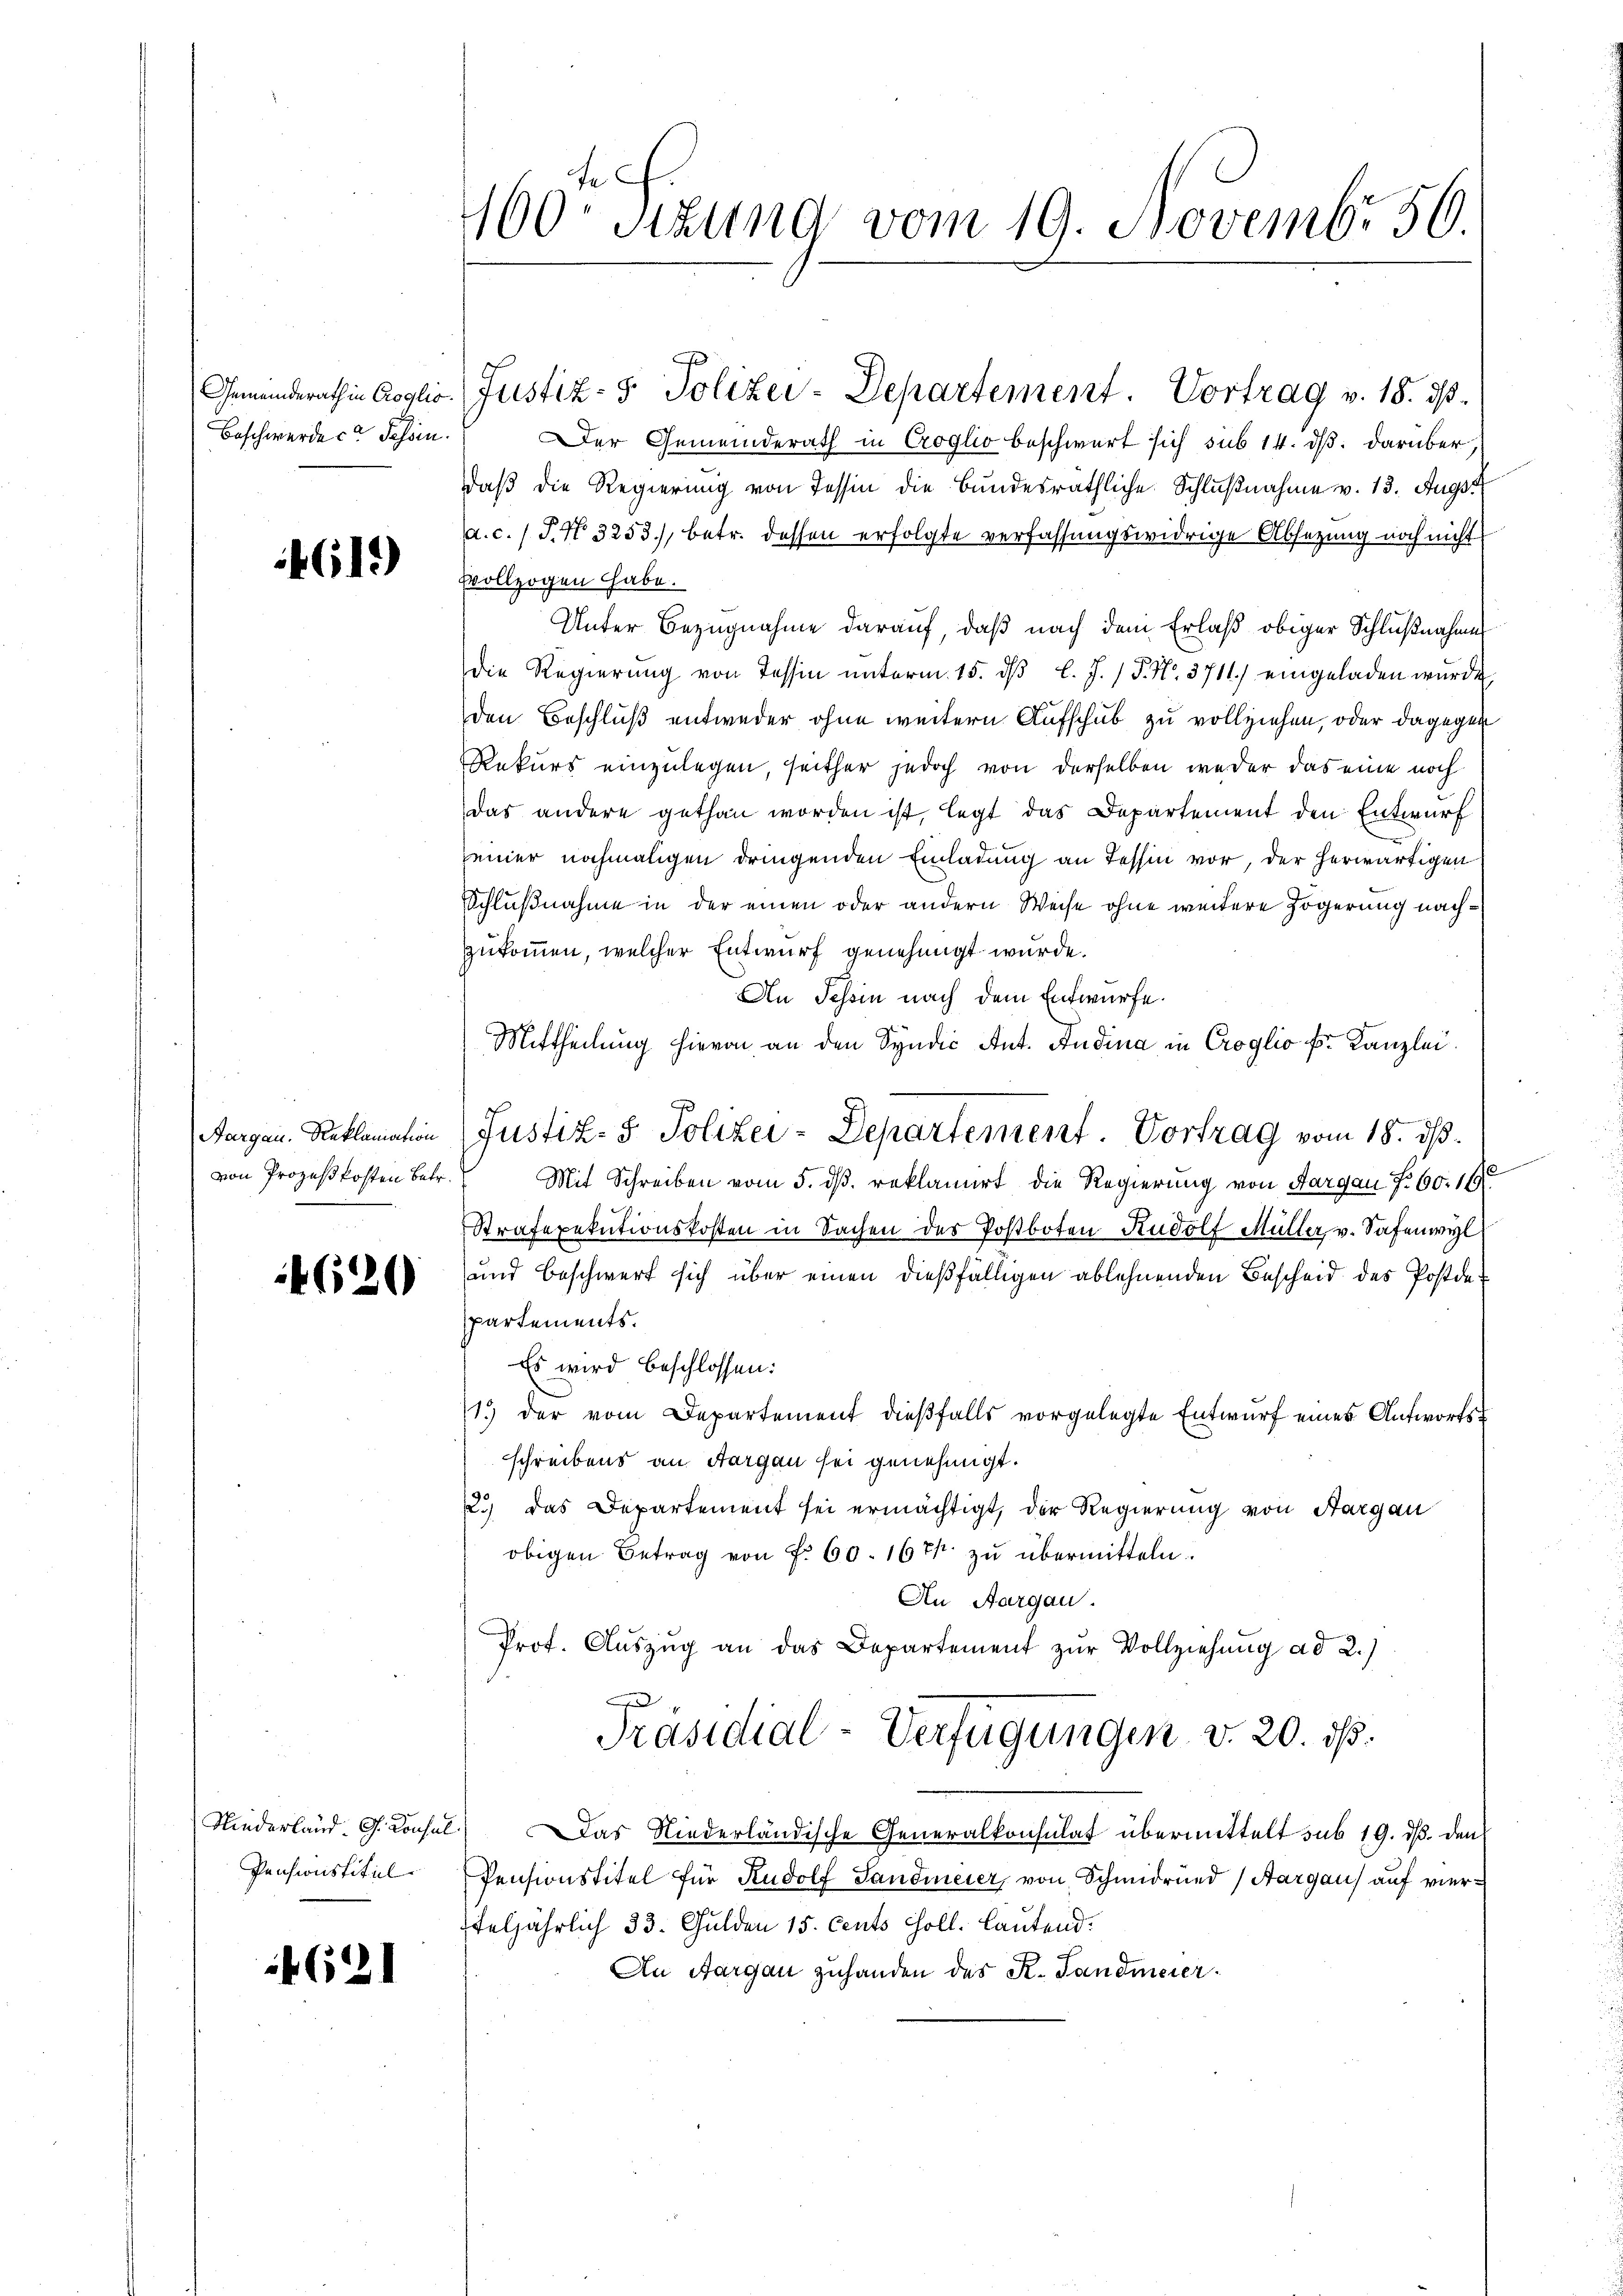
Beschwerde ce Schön.

4619)

von Prozeßkosten Betr.

4620

Pensionstitel

4621

er Gemeinderath in Croglio beschwert sich sub 14. ds. darüber,
daß die Regierung von Tessin die Bundesräthliche Schlußnahme v. 13. Augst
a. c. / P. Nr. 3253), betr. dessen erfolgte verfassungswidrige Absetzung noch nicht
Evollzogen habe.
Unter Bezugnahme darauf, daß nach dem Erlaß obiger Schlußnahmes
die Regierung von Tessin unterm 15. dβ l. J. P. Nr. 3711.) eingeladen wurde,
den Beschluß entweder ohne weitern Aufschub zu vollziehen, oder dagegen
Rekurs einzulegen, seither jedoch von derselben weder das eine noch
das andere gethan worden ist, legt das Departement den Entwurf
einer nochmaligen dringenden Einladung an Tessin vor, der herwärtigen
Schlußnahme in der einen oder andern Weise ohne weitere Zögerung nachzukommen, welcher Entwurf genehmigt wurde.
An Schein nach dem Entwürfe.
Mittheilung hievon an den Syndić Ant. Andina in Croglio pr. Kanzlei.
Mit Schreiben vom 5. dβ. reklamirt die Regierung von Aargau f. 60. 16
Strafexekutionskosten in Sachen des Postboten Rudolf Müller v. Safenwyl
und beschwert sich über einen dießfälligen ablehnenden Bescheid des Postdepartements.
Es wird beschlossen:
13 der vom Departement dießfalls vorgelegte Entwurf eines Antwortsschreibens an Aargau sei genehmigt.
2.) Das Departement sei ermächtigt, der Regierung von Aargau
obigen Betrag von f. 60. 167. zu übermitteln.
An Aargau.
Prof. Aŭszŭg an das Departement zŭr Vollziehung ad 2.)
Präsidial-Verfügungen v. 20. ds.
Niederland. G. Consul) Das Niederländische Generalkonsulat übermittelt sub 19. ds. den
Pensionstitel für Rudolf Landmeier, von Schmidrund Aargau) auf vierteljährlich 33. Gulden 15. Cents Holl. lautend.
An Aargau zuhanden des K. Tandmeier

460 sizung vom 19. Novembr 50.

Gemeinderath in Coglio. Justiz- & Polizei-Departement. Vortrag v. 15. ds.

Aargau, Reklamation (Justiz- & Polizei-Departement. Vortrag vom 18. ds.